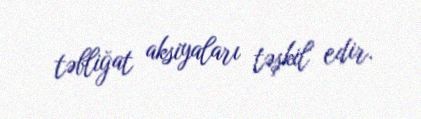
təbliğat aksiyaları təşkil edir.